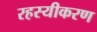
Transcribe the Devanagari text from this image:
रहस्यीकरण